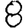
Digit: 8